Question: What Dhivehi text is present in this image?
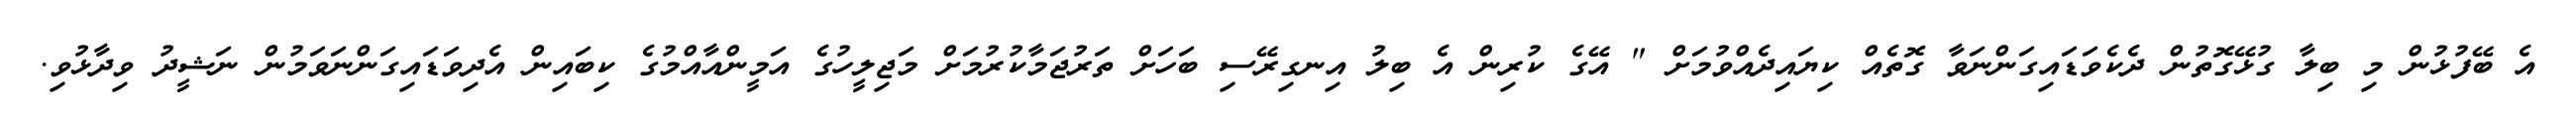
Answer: އެ ބޭފުޅުން މި ބިލާ ގުޅޭގޮތުން ދެކެވަޑައިގަންނަވާ ގޮތެއް ކިޔައިދެއްވުމަށް " އޭގެ ކުރިން އެ ބިލު އިނގިރޭސި ބަހަށް ތަރުޖަމާކުރުމަށް މަޖިލީހުގެ އަމީންއާއްމުގެ ކިބައިން އެދިވަޑައިގަންނަވަމުން ނަޝީދު ވިދާޅުވި.